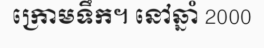
ក្រោមទឹក។ នៅឆ្នាំ 2000